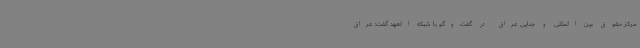
مرکز حقوق بین المللی و جنایی عراق در گفت‌وگو با شبکه العهد گفت: عراق